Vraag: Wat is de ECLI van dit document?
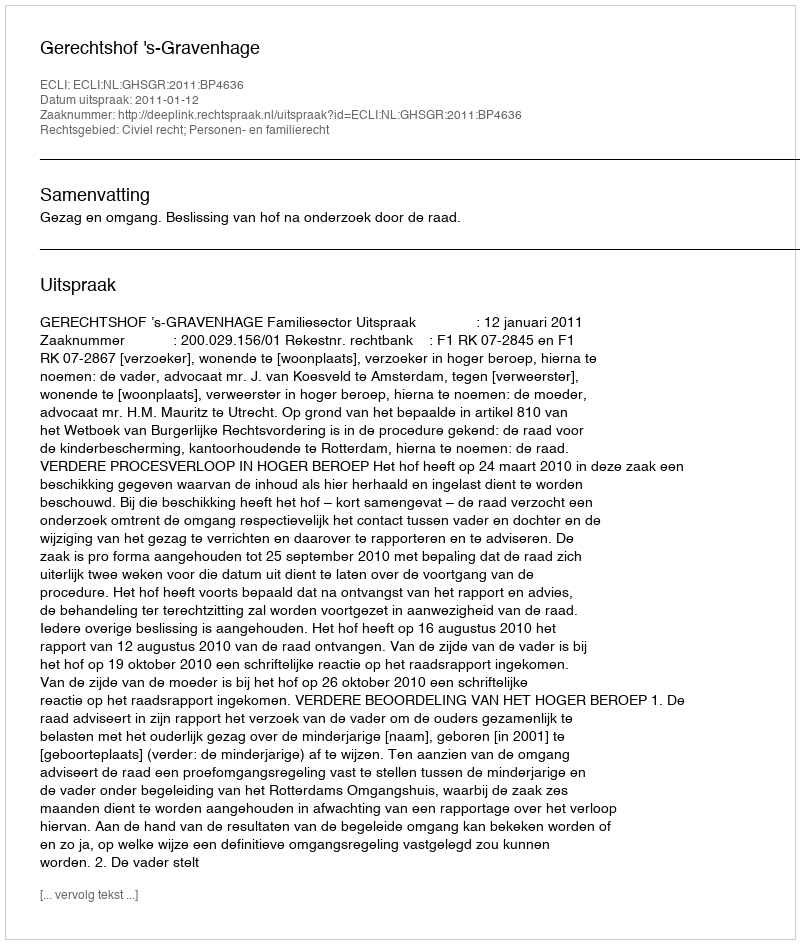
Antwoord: ECLI:NL:GHSGR:2011:BP4636